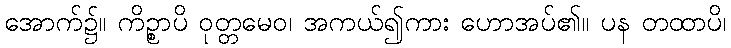
အောက်၌။ ကိဉ္စာပိ ဝုတ္တမေဝ၊ အကယ်၍ကား ဟောအပ်၏။ ပန တထာပိ၊